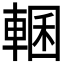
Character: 𮝜